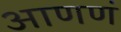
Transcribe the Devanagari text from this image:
आणणं